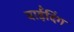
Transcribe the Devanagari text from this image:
बाईंदिंग